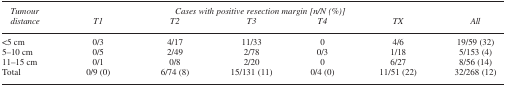
| <ROWSPAN=2> Tumour distance | <COLSPAN=6> Cases with positive resection margin [n/N (%)] |
 | T1 | T2 | T3 | T4 | TX | All |
 | --- | --- | --- | --- | --- | --- | --- |
 | <5 cm | 0/3 | 4/17 | 11/33 | 0 | 4/6 | 19/59 (32) |
 | 5–10 cm | 0/5 | 2/49 | 2/78 | 0/3 | 1/18 | 5/153 (4) |
 | 11–15 cm | 0/1 | 0/8 | 2/20 | 0 | 6/27 | 8/56 (14) |
 | Total | 0/9 (0) | 6/74 (8) | 15/131 (11) | 0/4 (0) | 11/51 (22) | 32/268 (12) |